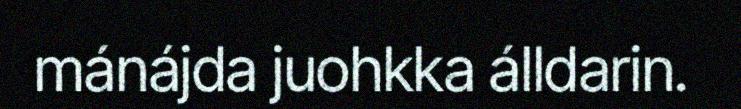
mánájda juohkka álldarin.